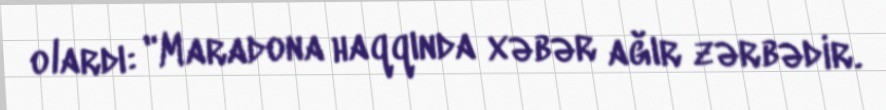
olardı: "Maradona haqqında xəbər ağır zərbədir.